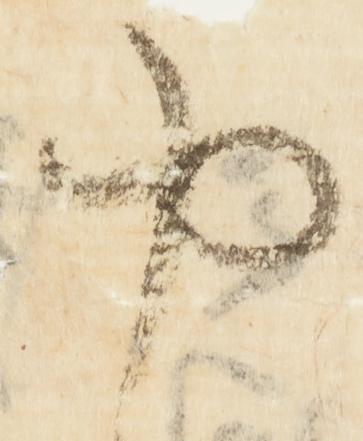
や